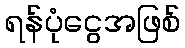
ရန်ပုံငွေအဖြစ်